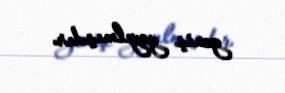
geniş yayılmışdır.